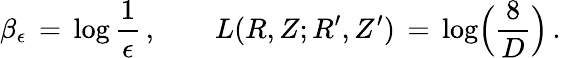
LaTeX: \beta_{\epsilon}\, =\, \log\frac{1}{\epsilon}\, ,\qquad L(R,Z;R^{\prime},Z^{\prime})\, =\, \log\Bigl(\frac{8}{D}\Bigr)\, .